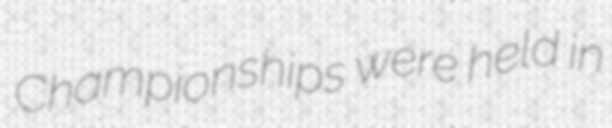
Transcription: Championships were held in